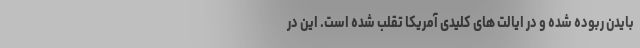
بایدن ربوده شده و در ایالت های کلیدی آمریکا تقلب شده است. این در